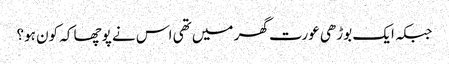
جبکہ ایک بوڑھی عورت گھر میں تھی اس نے پوچھا کہ کون ہو؟